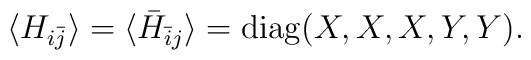
\langle H_{i\bar{j}}\rangle=\langle \bar{H}_{\bar{i}j}\rangle={\rm diag}(X,X,X,Y,Y).